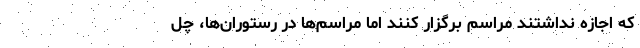
که اجازه نداشتند مراسم برگزار کنند اما مراسم‌ها در رستوران‌ها، چل